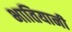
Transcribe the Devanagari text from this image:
भातियानी